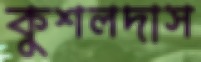
কুশলদাস